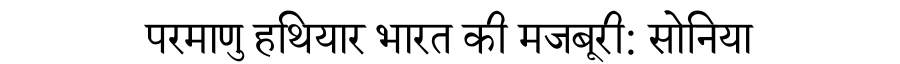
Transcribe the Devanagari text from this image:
परमाणु हथियार भारत की मजबूरी: सोनिया